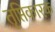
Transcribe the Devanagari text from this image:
तृप्तिकारक